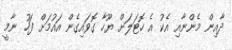
ދާއިން މެންނާއި އެކު އެ ހޮޓަލަށް ޔޫހާ ގޮވައިގެން އައުމަށް ފަހު ނާމީ